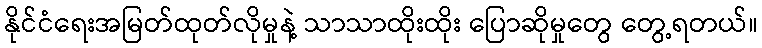
နိုင်ငံရေးအမြတ်ထုတ်လိုမှုနဲ့ သာသာထိုးထိုး ပြောဆိုမှုတွေ တွေ့ရတယ်။